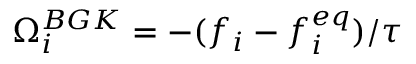
\Omega _ { i } ^ { B G K } = - ( f _ { i } - f _ { i } ^ { e q } ) / \tau